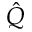
\hat { Q }